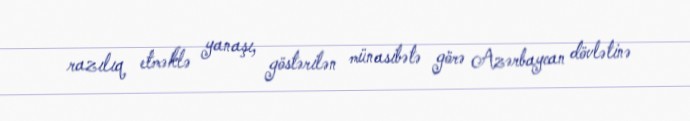
razılıq etməklə yanaşı, göstərilən münasibətə görə Azərbaycan dövlətinə